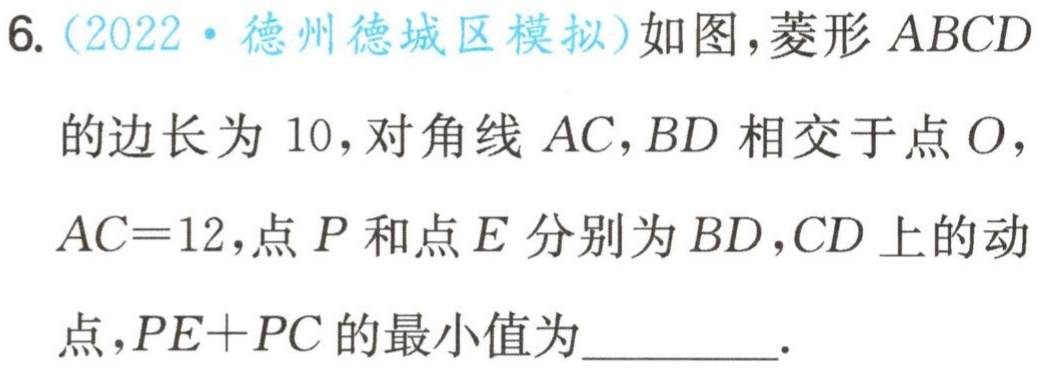
6.（2022·德州德城区模拟）如图，菱形 \(ABCD\) 的边长为 \(10\)，对角线 \(AC,BD\) 相交于点 \(O\)，\(AC = 12\)，点 \(P\) 和点 \(E\) 分别为 \(BD,CD\) 上的动点，\(PE + PC\) 的最小值为__________．